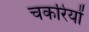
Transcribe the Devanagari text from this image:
चकरियों